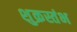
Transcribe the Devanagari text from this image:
शुक्रस्तंभ